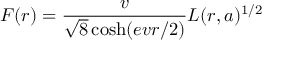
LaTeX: F ( r ) = \frac { v } { \sqrt 8 \cosh ( e v r / 2 ) } L ( r , a ) ^ { 1 / 2 }